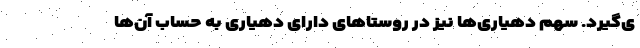
ی‌گیرد. سهم دهیاری‌ها نیز در روستا‌های دارای دهیاری به حساب آن‌ها